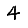
Digit: 4